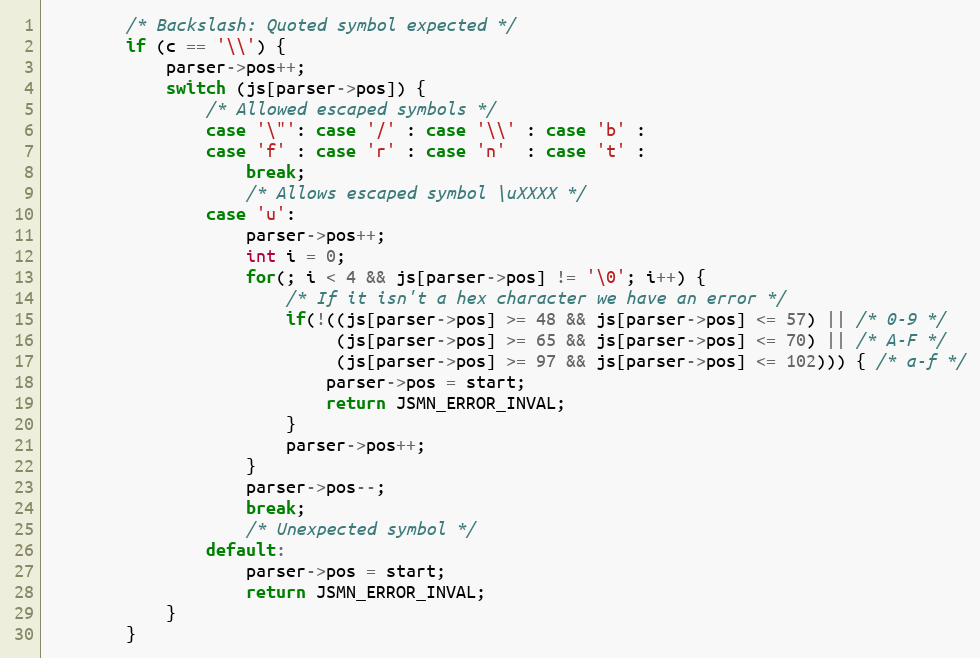
Language: C
        /* Backslash: Quoted symbol expected */
        if (c == '\\') {
            parser->pos++;
            switch (js[parser->pos]) {
                /* Allowed escaped symbols */
                case '\"': case '/' : case '\\' : case 'b' :
                case 'f' : case 'r' : case 'n'  : case 't' :
                    break;
                    /* Allows escaped symbol \uXXXX */
                case 'u':
                    parser->pos++;
                    int i = 0;
                    for(; i < 4 && js[parser->pos] != '\0'; i++) {
                        /* If it isn't a hex character we have an error */
                        if(!((js[parser->pos] >= 48 && js[parser->pos] <= 57) || /* 0-9 */
                             (js[parser->pos] >= 65 && js[parser->pos] <= 70) || /* A-F */
                             (js[parser->pos] >= 97 && js[parser->pos] <= 102))) { /* a-f */
                            parser->pos = start;
                            return JSMN_ERROR_INVAL;
                        }
                        parser->pos++;
                    }
                    parser->pos--;
                    break;
                    /* Unexpected symbol */
                default:
                    parser->pos = start;
                    return JSMN_ERROR_INVAL;
            }
        }